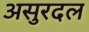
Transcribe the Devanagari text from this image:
असुरदल